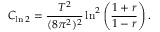
C _ { \ln 2 } = \frac { T ^ { 2 } } { ( 8 \pi ^ { 2 } ) ^ { 2 } } \ln ^ { 2 } \left( \frac { 1 + r } { 1 - r } \right) .